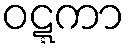
ဝဋ္ဋကာ